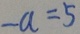
- a = 5